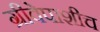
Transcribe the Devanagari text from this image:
ग्रीवेपाशीच